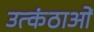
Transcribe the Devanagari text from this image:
उत्कंठाओं